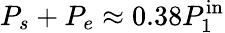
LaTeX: P_{s}+P_{e}\approx 0.38P_{1}^{\mathrm{in}}